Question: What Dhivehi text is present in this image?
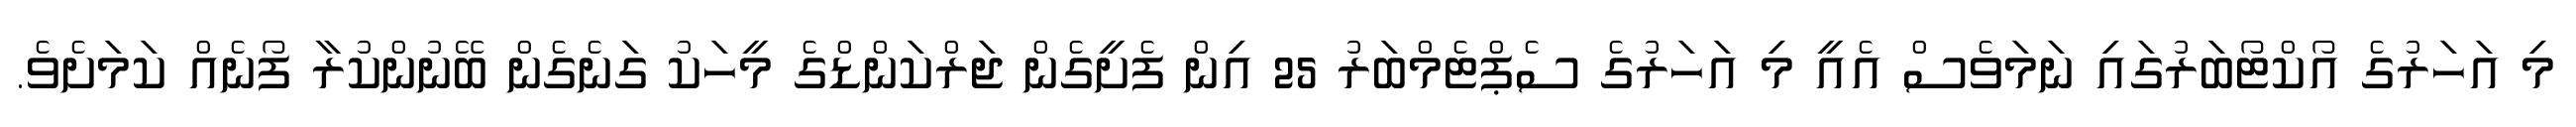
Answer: މި އަހަރުގެ އޯކްޓޯބަރުގައި ނަމަވެސް އެއީ މި އަހަރުގެ ސެޕްޓެމްބަރު 25 އިން ފެށީގެން ޖަރްކަންޑްގެ މީހަކު ގަނެގެން ބޭނުންކުރާ ފޯނެއް ކަމަށެވެ.